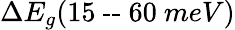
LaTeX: \Delta E_{g}(15\ \textrm{--}\ 60\ meV)